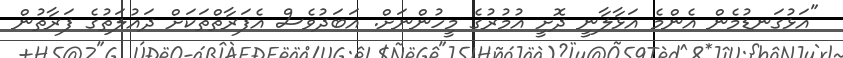
"އަޅުގަނޑުމެން އެންމެ އަޅާލާނީ ދޮށީ އުމުރުގެ މީހުންނަށް. އަބަދުވެސް އެފަރާތްތަކަށް ދައުލަތުގެ ފަރާތުން